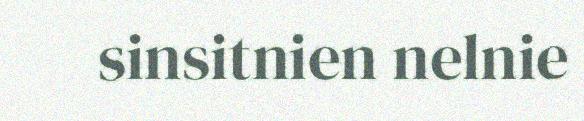
sinsitnien nelnie